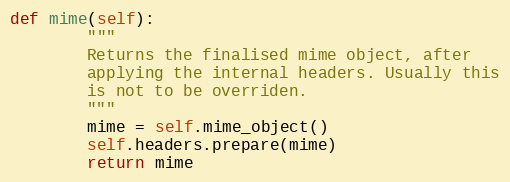
Language: Python
def mime(self):
        """
        Returns the finalised mime object, after
        applying the internal headers. Usually this
        is not to be overriden.
        """
        mime = self.mime_object()
        self.headers.prepare(mime)
        return mime